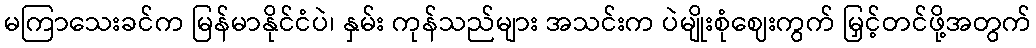
မကြာသေးခင်က မြန်မာနိုင်ငံပဲ၊ နှမ်း ကုန်သည်များ အသင်းက ပဲမျိုးစုံဈေးကွက် မြှင့်တင်ဖို့အတွက်